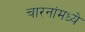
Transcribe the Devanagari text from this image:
चारनांमध्ये